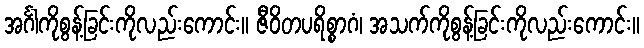
အင်္ဂါကိုစွန့်ခြင်းကိုလည်းကောင်း။ ဇီဝိတပရိစ္စာဂံ၊ အသက်ကိုစွန့်ခြင်းကိုလည်းကောင်း။